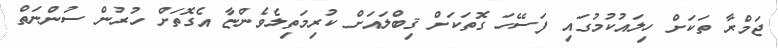
ޖަމްރާ ތަކަށް ހިލައުކުމުގައި ފަސޭހަ ގޮތަކަށް ޤިބްލައަށް ކުރިމަތިލެވެންޏާ އެގޮތަށް ހުރުން ސުންނަތް